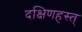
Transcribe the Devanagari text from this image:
दक्षिणहस्त्